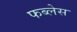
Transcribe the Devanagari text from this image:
फब्लेस